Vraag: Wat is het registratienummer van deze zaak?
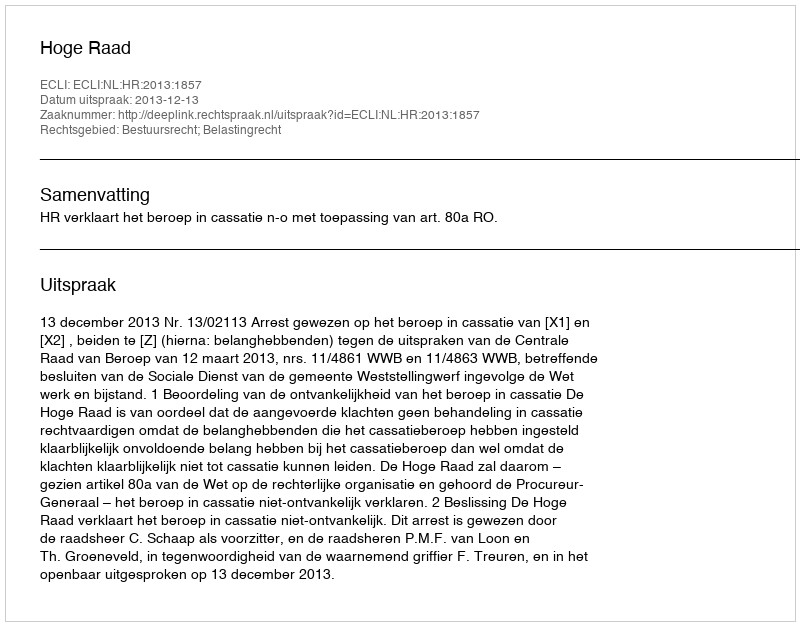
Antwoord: http://deeplink.rechtspraak.nl/uitspraak?id=ECLI:NL:HR:2013:1857